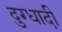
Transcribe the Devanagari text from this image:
दुग्धादी